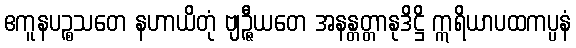
ဧကူနပဉ္စသတေ နဟာယိတုံ ဗျဉ္ဇီယတေ အနန္တတ္တာနုဒိဋ္ဌိ ဣရိယာပထကပ္ပနံ